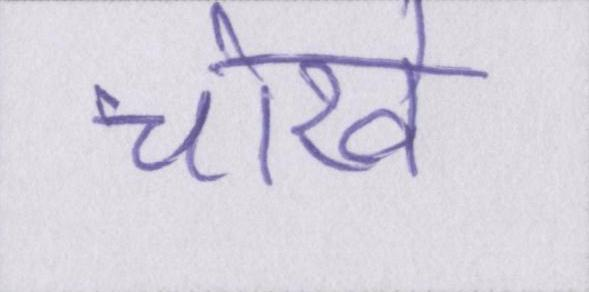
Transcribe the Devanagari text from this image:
चोखे